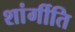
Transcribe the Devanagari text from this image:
शांर्गीति